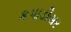
કપાડીસર